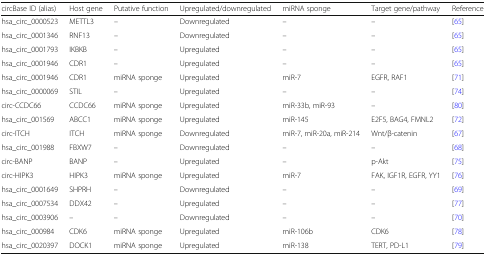
<table><thead><tr><td><b>circBase ID (alias)</b></td><td><b>Host gene</b></td><td><b>Putative function</b></td><td><b>Upregulated/downregulated</b></td><td><b>miRNA sponge</b></td><td><b>Target gene/pathway</b></td><td><b>Reference</b></td></tr></thead><tbody><tr><td>hsa_circ_0000523</td><td>METTL3</td><td>–</td><td>Downregulated</td><td>–</td><td>–</td><td>[65]</td></tr><tr><td>hsa_circ_0001346</td><td>RNF13</td><td>–</td><td>Downregulated</td><td>–</td><td>–</td><td>[65]</td></tr><tr><td>hsa_circ_0001793</td><td>IKBKB</td><td>–</td><td>Upregulated</td><td>–</td><td>–</td><td>[65]</td></tr><tr><td>hsa_circ_0001946</td><td>CDR1</td><td>–</td><td>Upregulated</td><td>–</td><td>–</td><td>[65]</td></tr><tr><td>hsa_circ_0001946</td><td>CDR1</td><td>miRNA sponge</td><td>Upregulated</td><td>miR-7</td><td>EGFR, RAF1</td><td>[71]</td></tr><tr><td>hsa_circ_0000069</td><td>STIL</td><td>–</td><td>Upregulated</td><td>–</td><td>–</td><td>[74]</td></tr><tr><td>circ-CCDC66</td><td>CCDC66</td><td>miRNA sponge</td><td>Upregulated</td><td>miR-33b, miR-93</td><td>–</td><td>[80]</td></tr><tr><td>hsa_circ_001569</td><td>ABCC1</td><td>miRNA sponge</td><td>Upregulated</td><td>miR-145</td><td>E2F5, BAG4, FMNL2</td><td>[72]</td></tr><tr><td>circ-ITCH</td><td>ITCH</td><td>miRNA sponge</td><td>Downregulated</td><td>miR-7, miR-20a, miR-214</td><td>Wnt/β-catenin</td><td>[67]</td></tr><tr><td>hsa_circ_001988</td><td>FBXW7</td><td>–</td><td>Downregulated</td><td>–</td><td>–</td><td>[68]</td></tr><tr><td>circ-BANP</td><td>BANP</td><td>–</td><td>Upregulated</td><td>–</td><td>p-Akt</td><td>[75]</td></tr><tr><td>circ-HIPK3</td><td>HIPK3</td><td>miRNA sponge</td><td>Upregulated</td><td>miR-7</td><td>FAK, IGF1R, EGFR, YY1</td><td>[76]</td></tr><tr><td>hsa_circ_0001649</td><td>SHPRH</td><td>–</td><td>Downregulated</td><td>–</td><td>–</td><td>[69]</td></tr><tr><td>hsa_circ_0007534</td><td>DDX42</td><td>–</td><td>Upregulated</td><td>–</td><td>–</td><td>[77]</td></tr><tr><td>hsa_circ_0003906</td><td>–</td><td>–</td><td>Downregulated</td><td>–</td><td>–</td><td>[70]</td></tr><tr><td>hsa_circ_000984</td><td>CDK6</td><td>miRNA sponge</td><td>Upregulated</td><td>miR-106b</td><td>CDK6</td><td>[78]</td></tr><tr><td>hsa_circ_0020397</td><td>DOCK1</td><td>miRNA sponge</td><td>Upregulated</td><td>miR-138</td><td>TERT, PD-L1</td><td>[79]</td></tr></tbody></table>